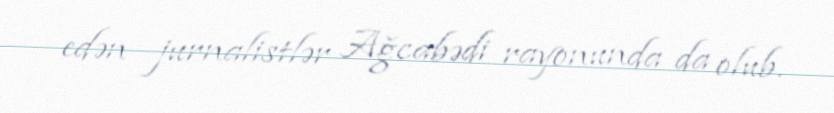
edən jurnalistlər Ağcabədi rayonunda da olub.